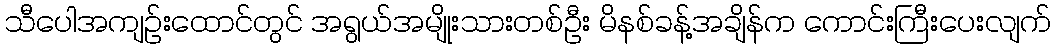
သီပေါအကျဉ်းထောင်တွင် အရွယ်အမျိုးသားတစ်ဦး မိနစ်ခန့်အချိန်က ကောင်းကြီးပေးလျက်